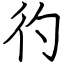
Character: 彴